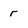
Character: r